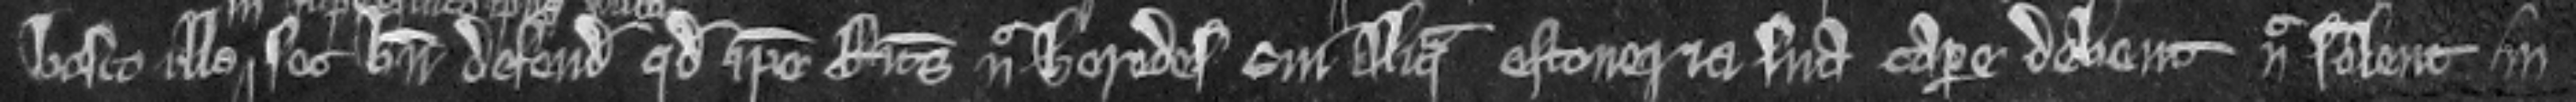
bosco illo set bene defendit quod ipse Ricardus nec heredes sui aliqua estoveria sua capere debent nec solent in